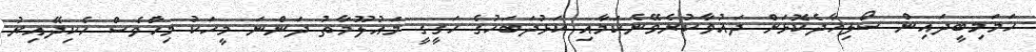
ހަމަމިބީދައިން ސޯލިހާދެކޮޅަށް ދައުވާކުރެވޭނެކަމާއި ކަޅުދަބަހުގެ ހަގީގީ މައުލޫމާތު ދަންނަ މީހަކު މިހާުވެސް ހެކިދޭއިރު